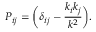
P _ { i j } = \biggl ( \delta _ { i j } - \frac { k _ { i } k _ { j } } { k ^ { 2 } } \biggr ) .